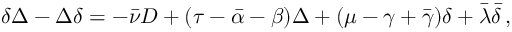
\delta \Delta - \Delta \delta = - { \bar { \nu } } D + ( \tau - { \bar { \alpha } } - \beta ) \Delta + ( \mu - \gamma + { \bar { \gamma } } ) \delta + { \bar { \lambda } } { \bar { \delta } } \, ,